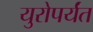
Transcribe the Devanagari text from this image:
युरोपर्यंत